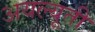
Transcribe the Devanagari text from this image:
अयल्यूती